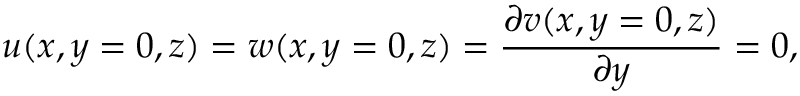
u ( x , y = 0 , z ) = w ( x , y = 0 , z ) = \frac { \partial v ( x , y = 0 , z ) } { \partial y } = 0 ,